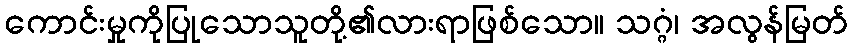
ကောင်းမှုကိုပြုသောသူတို့၏လားရာဖြစ်သော။ သဂ္ဂံ၊ အလွန်မြတ်